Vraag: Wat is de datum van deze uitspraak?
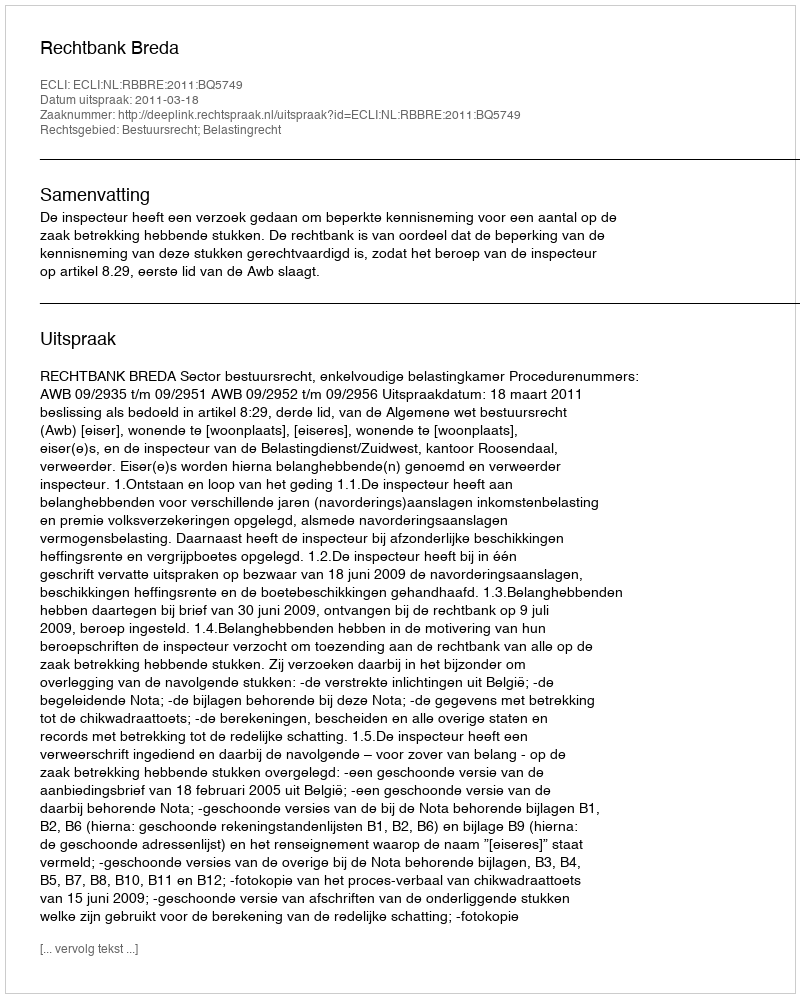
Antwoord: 2011-03-18